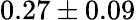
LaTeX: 0.27\pm 0.09